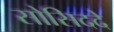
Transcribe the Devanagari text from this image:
सोसिददे